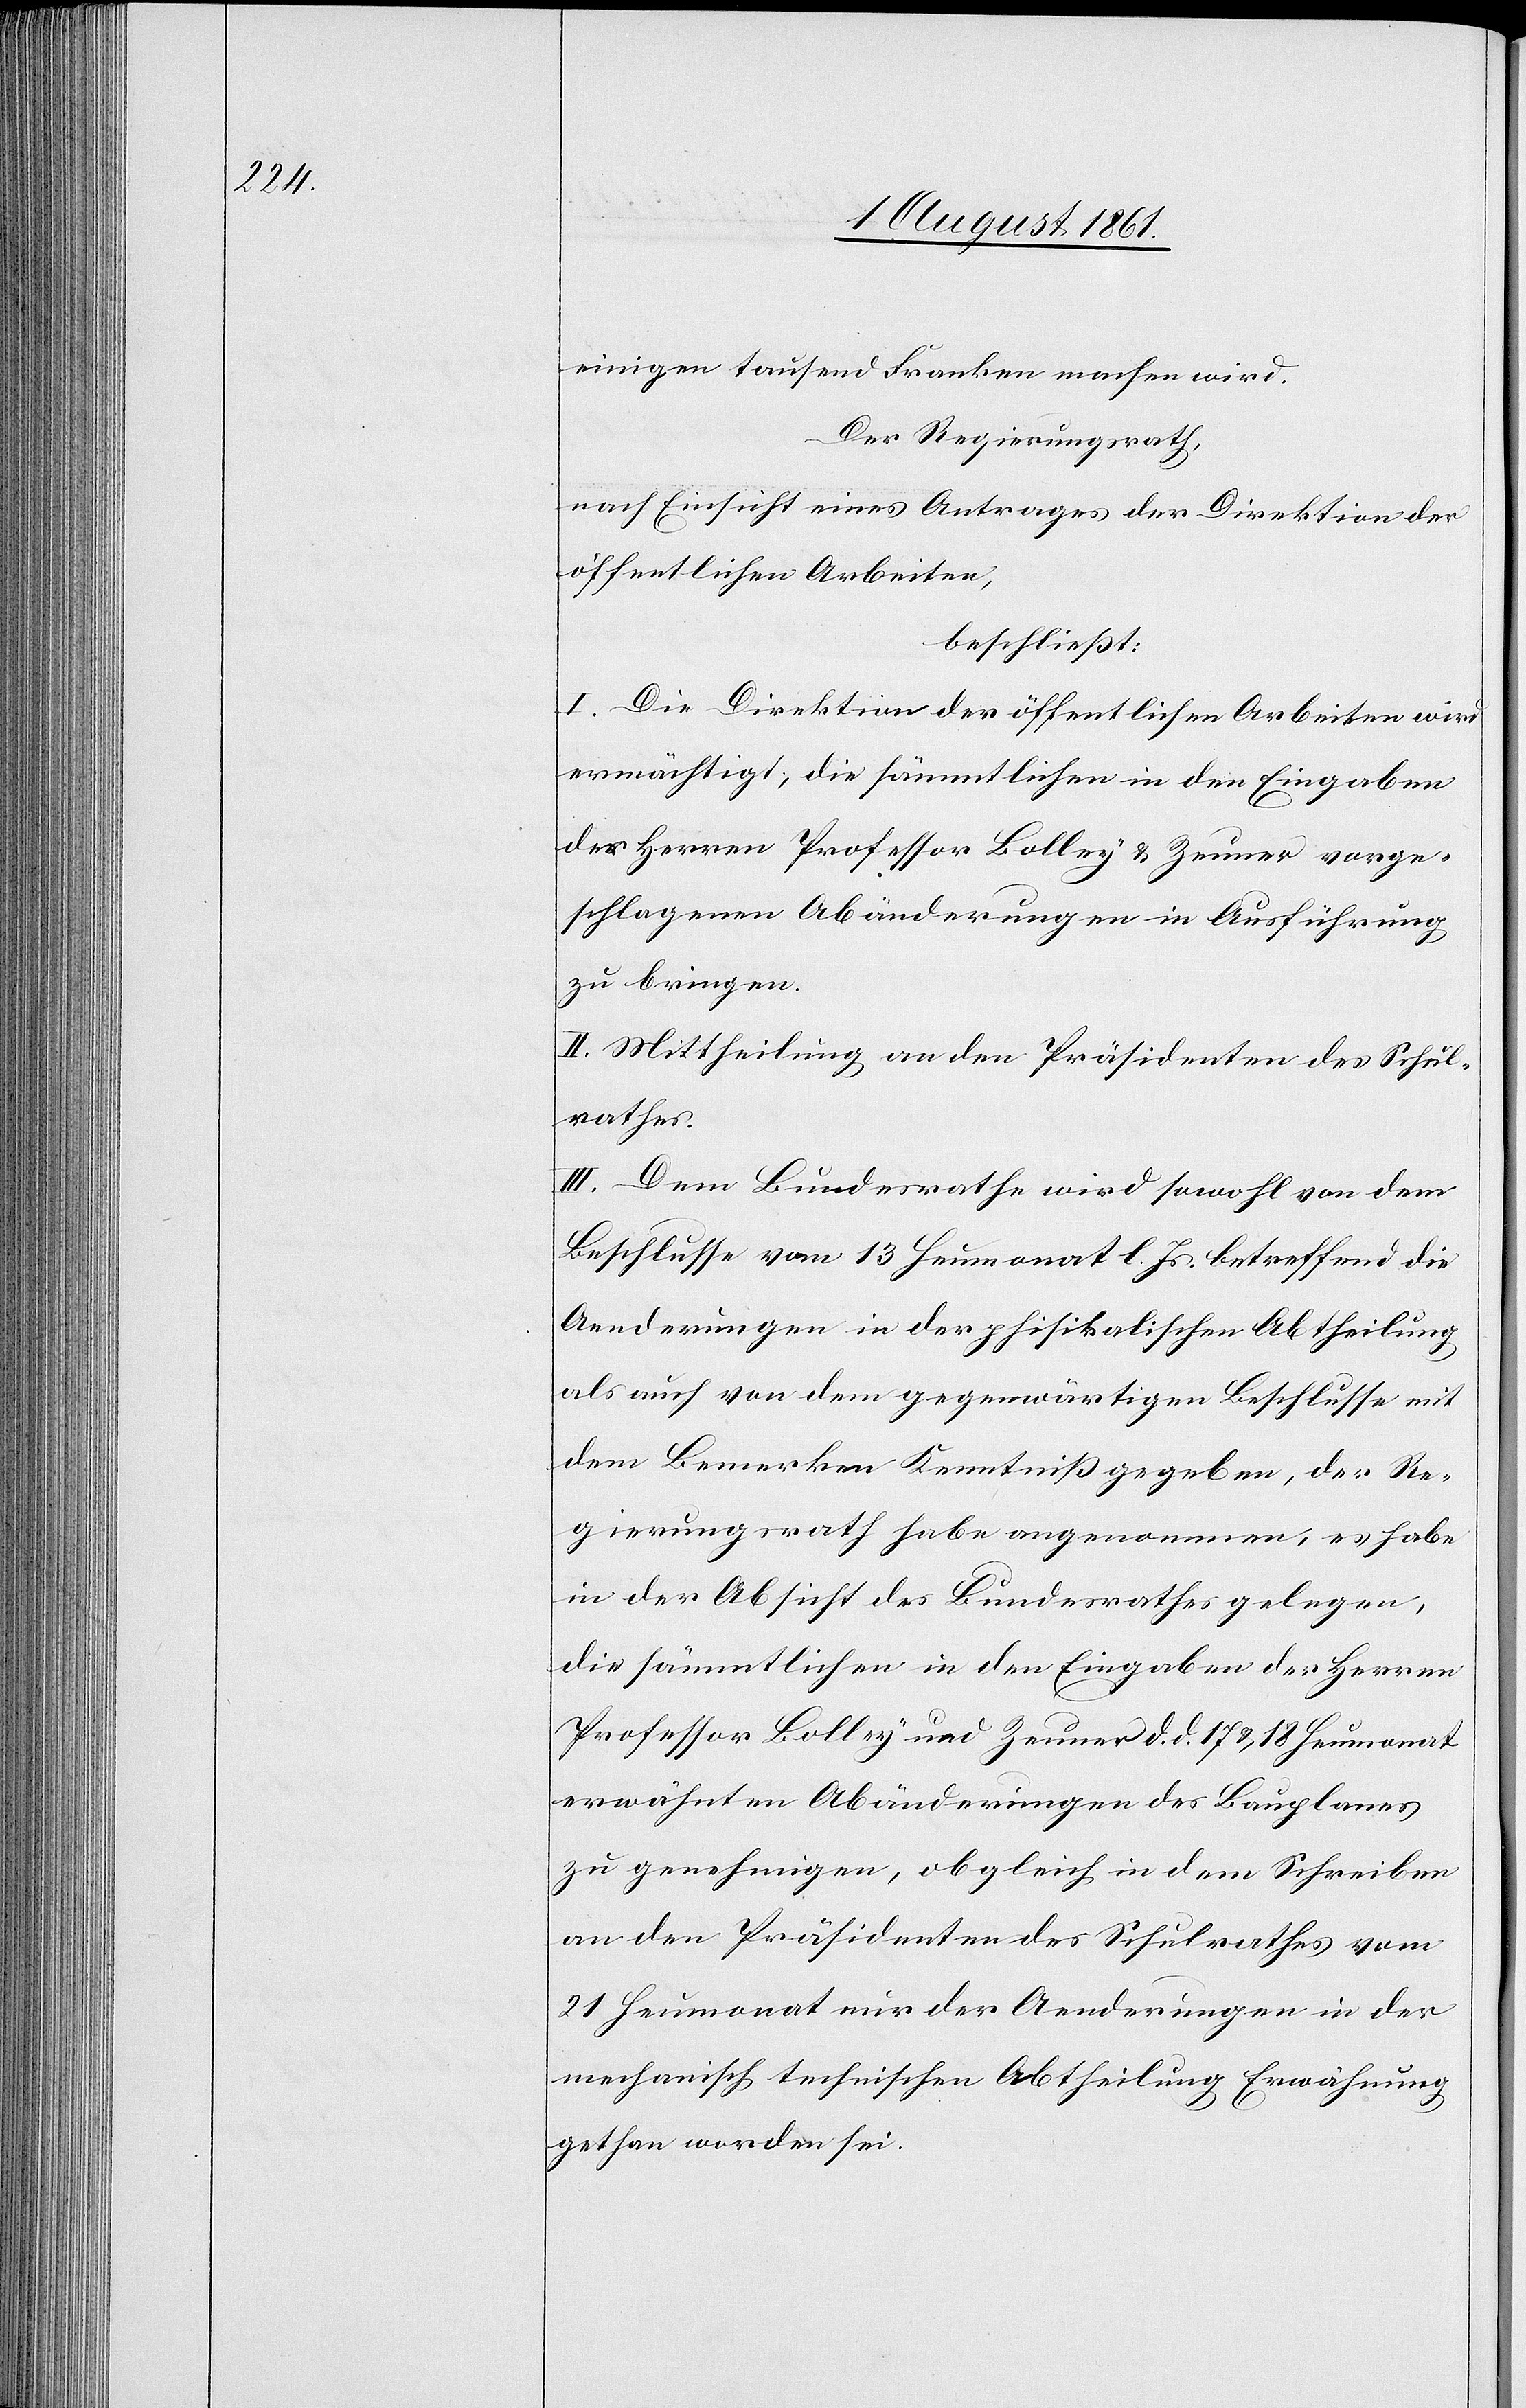
einigen tausend Franken machen wird.
Der Regierungsrath,
nach Einsicht eines Antrages der Direktion der
öffentlichen Arbeiten,
beschließt:
I. Die Direktion der öffentlichen Arbeiten wird
ermächtigt, die sämmtlichen in den Eingaben
der Herrn Professor Bolley u. Zeuner vorge¬
schlagenen Abänderungen in Ausführung
zu bringen.
II. Mittheilung an den Präsidenten des Schul¬
rathes.
III. Dem Bunderathe wird sowohl von dem
Beschlusse vom 13 Heumonat l. Js. betreffend die
Aenderungen in der phisikalischen [sic!] Abtheilung
als auch von dem gegenwärtigen Beschlusse mit
dem Bemerken Kenntniß gegeben, der Re¬
gierungsrath habe angenommen, es habe
in der Absicht des Bundesrathes gelegen,
die sämmtlichen in den Eingaben der Herren
Professor Bolley und Zeuner d. d. 17 u. 18 Heumonat
erwähnten Abänderungen des Bauplanes
zu genehmigen, obgleich in dem Schreiben
an den Präsidenten des Schulrathes vom
21 Heumonat nur der Aenderungen in der
mechanisch technischen Abtheilung Erwähnung
gethan worden sei.